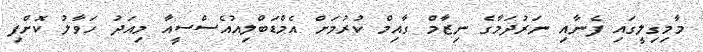
މާމިގިލީގައި ފެނާއި ނަރުދަމާގެ ނިޒާމް ގާއިމް ކުރުމަށް އެމްޑަބްލިއުއެސްސީއާ މިއަދު ހަވާލު ކޮށްފި